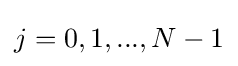
j=0,1,...,N-1